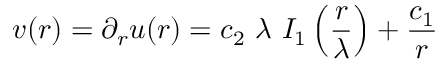
v ( r ) = \partial _ { r } u ( r ) = c _ { 2 } \ \lambda \ I _ { 1 } \left( \frac { r } { \lambda } \right) + \frac { c _ { 1 } } { r }